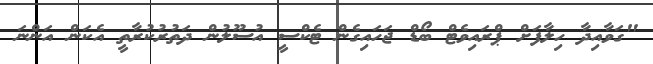
"ގަވާއިދާ ހިލާފަށް ޕްރައިވެޓް ބޯޑް ޖަހައިގެން ޓެކްސީ އުސޫލުން ދަތުރުކުރާތީ އެކަން އަންނަ